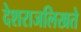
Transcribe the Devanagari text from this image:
देशराजलिखते